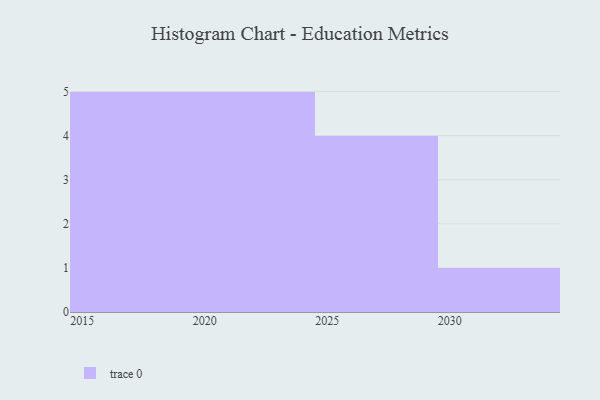
{"axis": {"x": "Year", "y": "Demand Index"}, "legend": [""], "data": [{"x": "2016", "y": 18, "type": ""}, {"x": "2024", "y": 90, "type": ""}, {"x": "2027", "y": 17, "type": ""}, {"x": "2022", "y": 25, "type": ""}, {"x": "2021", "y": 91, "type": ""}, {"x": "2025", "y": 91, "type": ""}, {"x": "2030", "y": 34, "type": ""}, {"x": "2017", "y": 17, "type": ""}, {"x": "2020", "y": 47, "type": ""}, {"x": "2015", "y": 28, "type": ""}, {"x": "2018", "y": 52, "type": ""}, {"x": "2019", "y": 72, "type": ""}, {"x": "2023", "y": 2, "type": ""}, {"x": "2026", "y": 73, "type": ""}, {"x": "2028", "y": 25, "type": ""}]}